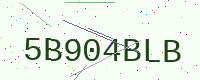
Text: 5B904BLB